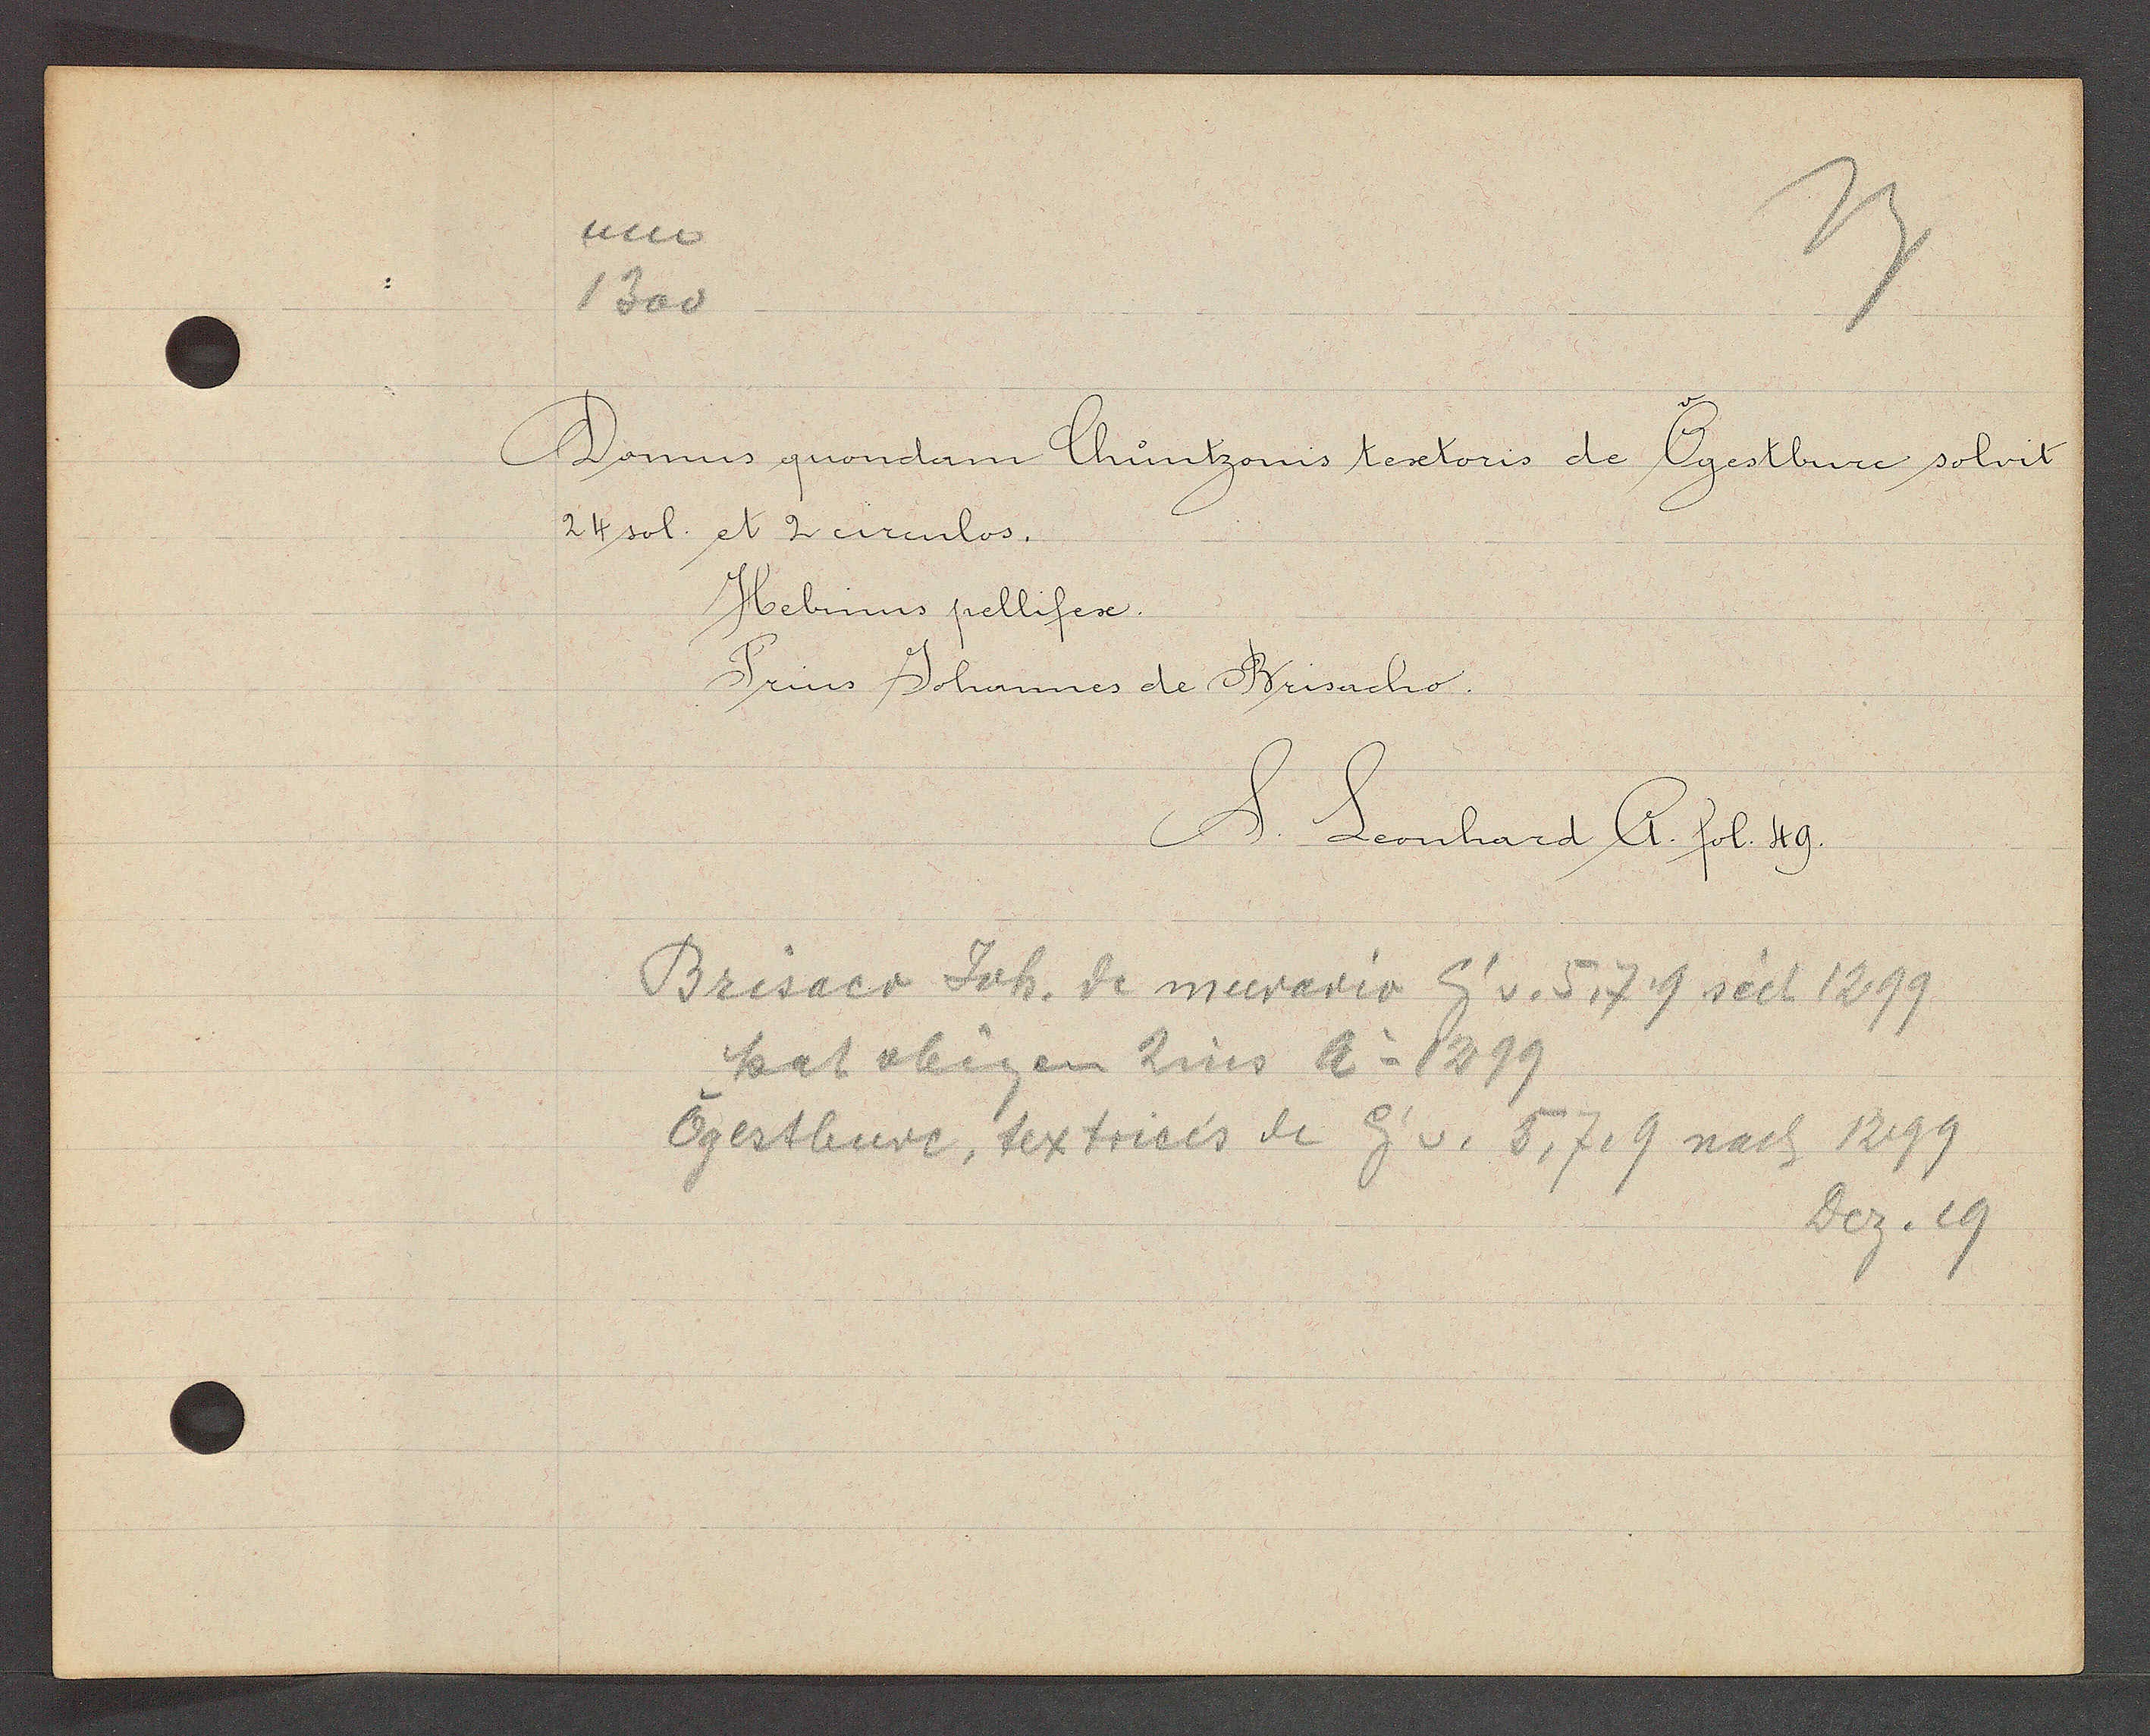
Transcript:
um
1300

Domus quondam Chuntzonis textoris de Ogestbure solvit
24 sol. et 2 circulos.
Hebinus pellifex.
Prius Johannes de Brisacho.

S. Leonhard A. fol. 49.

Brisaco Joh. de murario Eg v. 5,7 9 seit 1299
hat obigen Zins Ao 1299
Ogestbure, textricis de Eg v. 5, 7, 9 nach 1299
Dez. 19